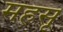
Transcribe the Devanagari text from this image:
महसू